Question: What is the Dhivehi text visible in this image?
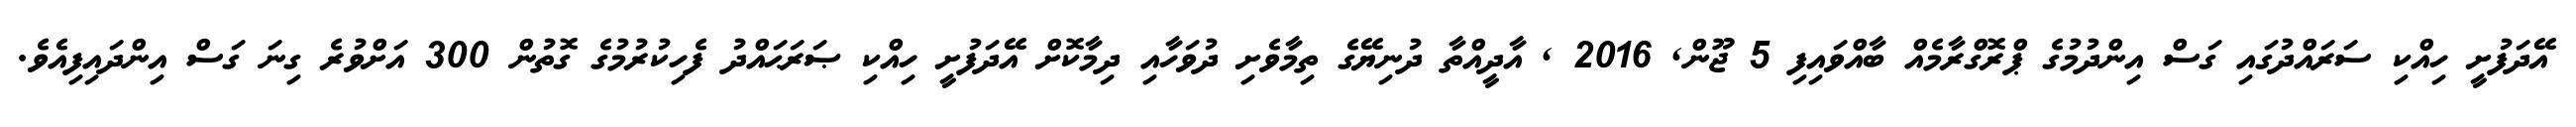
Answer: އޭދަފުށީ ހިއްކި ސަރައްދުގައި ގަސް އިންދުމުގެ ޕްރޮގްރާމެއް ބާއްވައިފި 5 ޖޫން, 2016 , އާދީއްތާ ދުނިޔޭގެ ތިމާވެށި ދުވަހާއި ދިމާކޮށް އޭދަފުށީ ހިއްކި ޞަރަޙައްދު ފެހިކުރުމުގެ ގޮތުން 300 އަށްވުރެ ގިނަ ގަސް އިންދައިފިއެވެ.